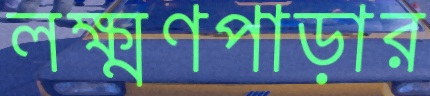
লক্ষ্মণপাড়ার